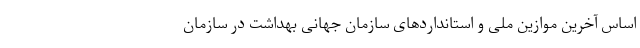
اساس آخرین موازین ملی و استانداردهای سازمان جهانی بهداشت در سازمان